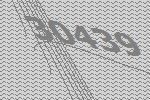
30439